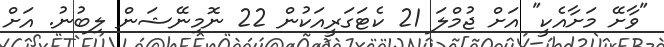
"ވާށޭ މަށާއެކީ" އަށް ޖުމްލަ 21 ކެޓަގަރީއަކުން 22 ނޮމިނޭޝަން ލިބުނު. އަށް